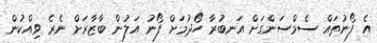
އެ ފޯނުތައް ސެމްސަންގަށް އަނބުރާ ހޯދުމަށް ފޯނު އަލުން ބާޒާރަށް ނެރެ ވިއްކުން